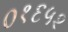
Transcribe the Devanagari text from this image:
०१६५२